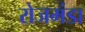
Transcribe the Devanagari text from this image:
रोजमंडा